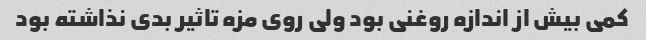
کمی بیش از اندازه روغنی بود ولی روی مزه تاثیر بدی نذاشته بود